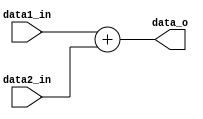
module Adder
(
    data1_in,
    data2_in,
    data_o
);
input [31:0] data1_in, data2_in;
output [31:0] data_o;


assign data_o = data1_in + data2_in;

endmodule